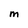
Character: M